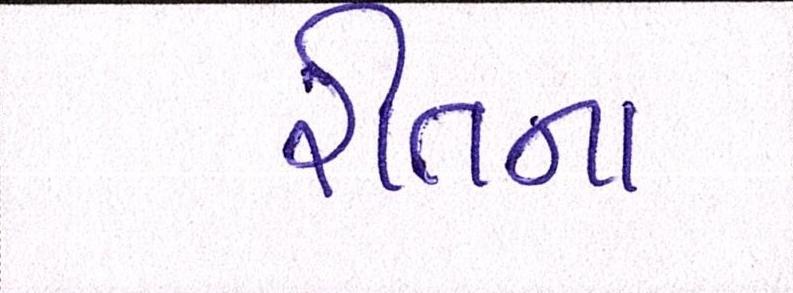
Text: રીતના